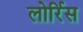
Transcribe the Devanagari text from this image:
लोर्रिस